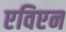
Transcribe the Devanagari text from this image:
एविएन